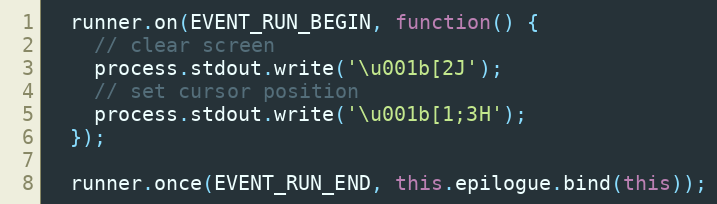
Language: JavaScript
  runner.on(EVENT_RUN_BEGIN, function() {
    // clear screen
    process.stdout.write('\u001b[2J');
    // set cursor position
    process.stdout.write('\u001b[1;3H');
  });

  runner.once(EVENT_RUN_END, this.epilogue.bind(this));